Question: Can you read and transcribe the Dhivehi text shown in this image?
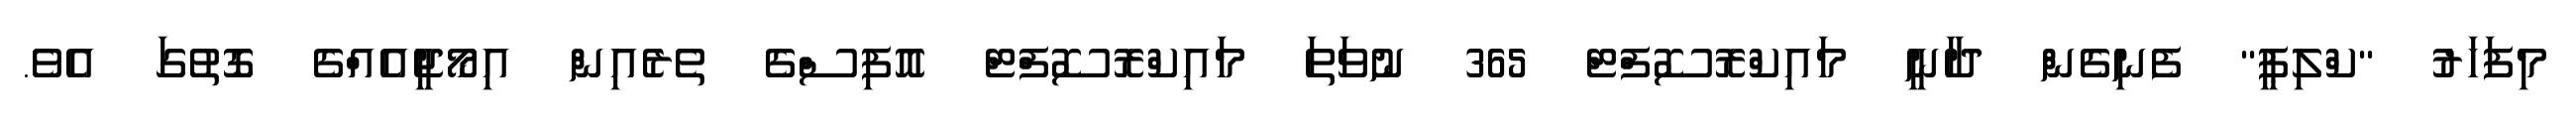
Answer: މިފަހަރު "ކްލިޕީ" ފެނިގެން ދާނީ މައިކްރޮސޮފްޓް 365 ނުވަތަ މައިކްރޮސޮފްޓް އޮފިސްގެ ތެރެއިން އިމޯޖީއެއްގެ ގޮތުގަ އެވެ.